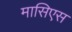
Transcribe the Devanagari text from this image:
मासिएस